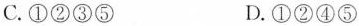
C.①②③⑤ D.①②④⑤